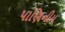
પાણિનીય